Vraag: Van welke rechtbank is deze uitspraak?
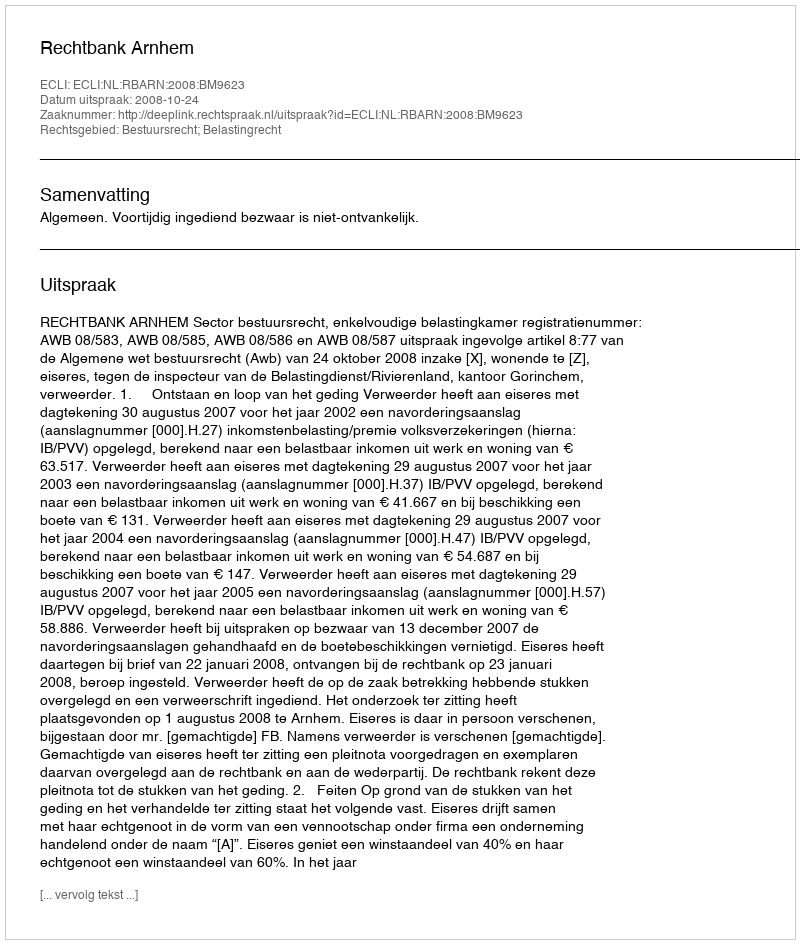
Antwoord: Rechtbank Arnhem